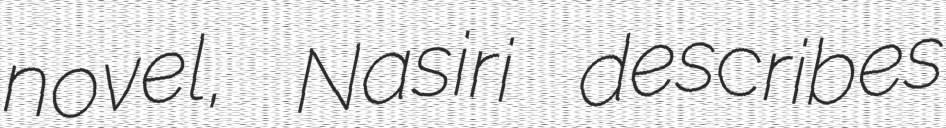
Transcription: novel, Nasiri describes